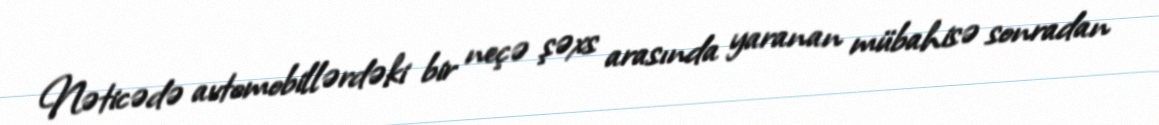
Nəticədə avtomobillərdəki bir neçə şəxs arasında yaranan mübahisə sonradan